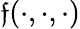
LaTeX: \mathfrak{f}(\cdot,\cdot,\cdot)